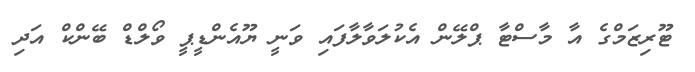
ޓޫރިޒަމްގެ އާ މާސްޓާ ޕްލޭން އެކުލަވާލާފައި ވަނީ ޔޫއެންޑީޕީ ވޯލްޑް ބޭންކް އަދި